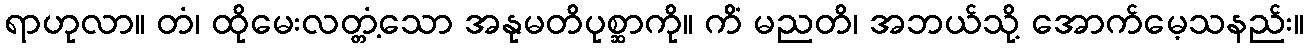
ရာဟုလာ။ တံ၊ ထိုမေးလတ္တံ့သော အနုမတိပုစ္ဆာကို။ ကိံ မညတိ၊ အဘယ်သို့ အောက်မေ့သနည်း။